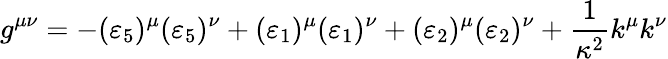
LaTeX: g^{\mu\nu}=-(\varepsilon_{5})^{\mu}(\varepsilon_{5})^{\nu}+(\varepsilon_{1})^{\mu}(\varepsilon_{1})^{\nu}+(\varepsilon_{2})^{\mu}(\varepsilon_{2})^{\nu}+\frac{1}{\kappa^{2}}k^{\mu}k^{\nu}